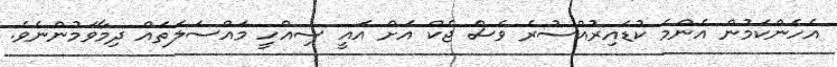
އެހެންކަމުން އެންމެ ކުޑައިރުއްސުރެ ވެސް ޖެކް އަށް އައީ ސިއްހީ މައްސަލަތައް ދިމާވަމުންނެވެ.